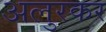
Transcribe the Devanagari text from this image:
अलुरकर